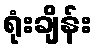
ရုံးချိန်း